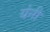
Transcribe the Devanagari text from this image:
यंनी